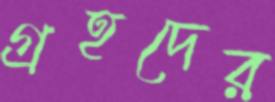
গ্রহদের